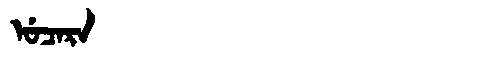
Manchu: ᡠᠴᠠᡵᠠ
Romanization: UCARA